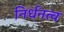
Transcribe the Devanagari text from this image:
निर्धनत्व